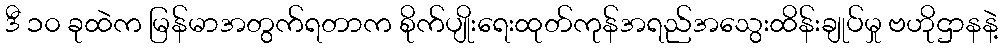
ဒီ ၁၀ ခုထဲက မြန်မာအတွက်ရတာက စိုက်ပျိုးရေးထုတ်ကုန်အရည်အသွေးထိန်းချုပ်မှု ဗဟိုဌာနနဲ့